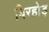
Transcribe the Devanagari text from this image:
बिरहोड़